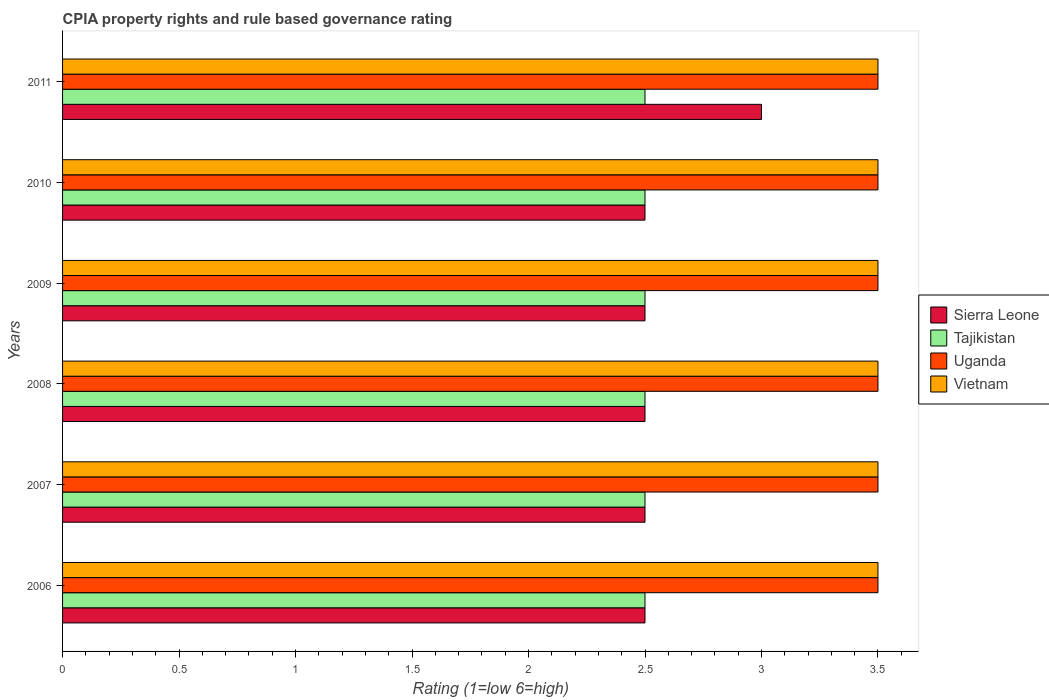
| Years | Sierra Leone | Tajikistan | Uganda | Vietnam |
 | --- | --- | --- | --- | --- |
 | 2006 | 2.5 | 2.5 | 3.5 | 3.5 |
 | 2007 | 2.5 | 2.5 | 3.5 | 3.5 |
 | 2008 | 2.5 | 2.5 | 3.5 | 3.5 |
 | 2009 | 2.5 | 2.5 | 3.5 | 3.5 |
 | 2010 | 2.5 | 2.5 | 3.5 | 3.5 |
 | 2011 | 3 | 2.5 | 3.5 | 3.5 |